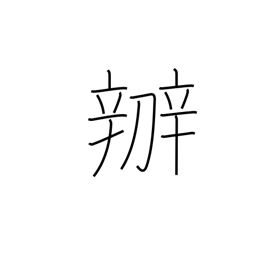
Meaning: manage